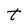
Character: t